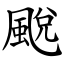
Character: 䬈